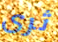
ثرى